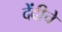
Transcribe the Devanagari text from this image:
देंदीचे